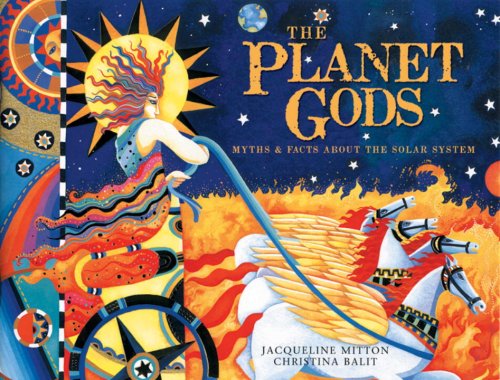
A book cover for The Planet Gods: Myths and Facts About the Solar System; Jacqueline Mitton; Science & Math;